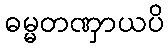
ဓမ္မတဏှာယပိ